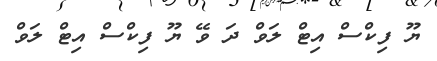
ޔޫ ފިކްސް އިޓް ލަވް ދަ ވޭ ޔޫ ފިކްސް އިޓް ލަވް